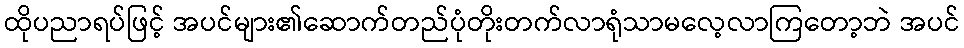
ထိုပညာရပ်ဖြင့် အပင်များ၏ဆောက်တည်ပုံတိုးတက်လာရုံသာမလေ့လာကြတော့ဘဲ အပင်